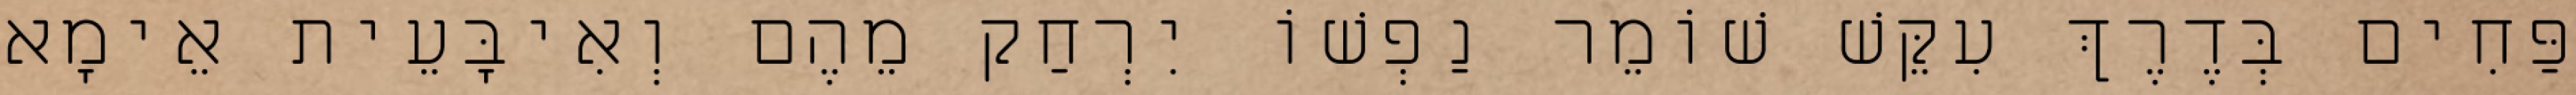
פַּחִים בְּדֶרֶךְ עִקֵּשׁ שׁוֹמֵר נַפְשׁוֹ יִרְחַק מֵהֶם וְאִיבָּעֵית אֵימָא